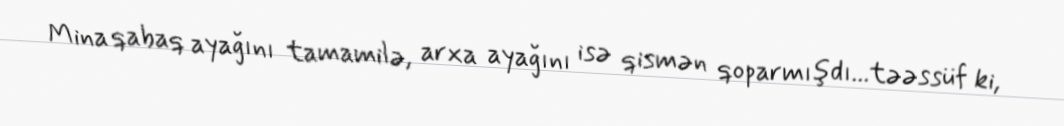
Mina qabaq ayağını tamamilə, arxa ayağını isə qismən qoparmışdı...təəssüf ki,